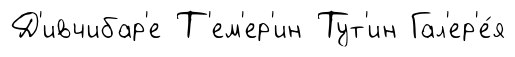
Д'ивчибар'е Т'ем'ер'ин Тут'ин Гал'ер'е́я